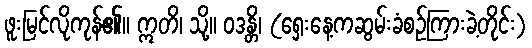
ဖူးမြင်လိုကုန်၏။ ဣတိ၊ သို့။ ဝဒန္တိ၊ (ရှေးနေ့ကဆွမ်းခံစဉ်ကြားခဲ့တိုင်း)